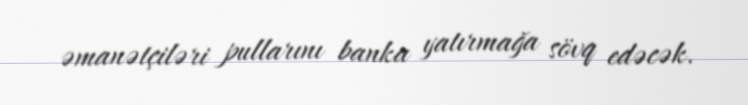
əmanətçiləri pullarını banka yatırmağa sövq edəcək.